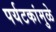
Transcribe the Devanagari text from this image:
पर्यटकांमुळे